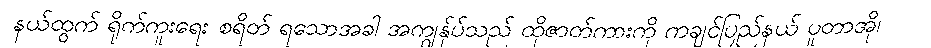
နယ်ထွက် ရိုက်ကူးရေး စရိတ် ရသောအခါ အကျွန်ုပ်သည် ထိုဇာတ်ကားကို ကချင်ပြည်နယ် ပူတာအို၊